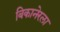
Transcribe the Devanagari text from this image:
बिकानेरला